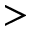
>